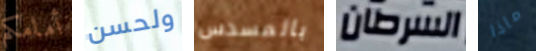
أمامكم ولحسن بالمسدس السرطان ماذا